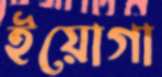
ইয়োগা